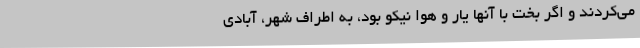
می‌کردند و اگر بخت با آنها یار و هوا نیکو بود، به اطراف شهر، آبادی